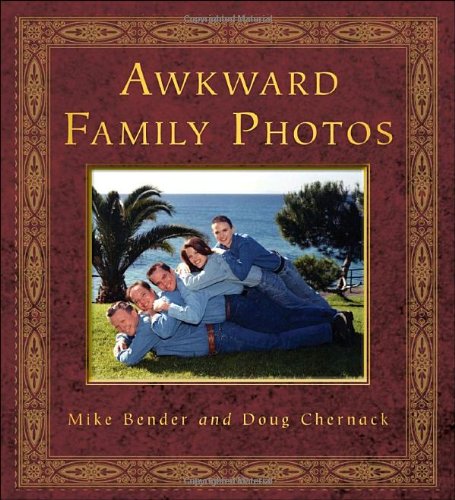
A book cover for Awkward Family Photos; Mike Bender; Humor & Entertainment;